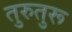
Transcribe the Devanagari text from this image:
तुरुतुरू